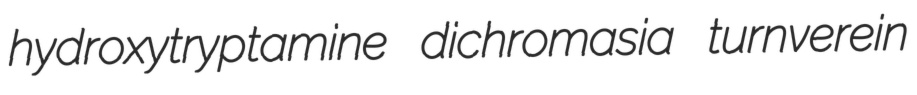
hydroxytryptamine dichromasia turnverein